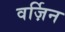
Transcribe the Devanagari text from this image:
वर्ज़िन